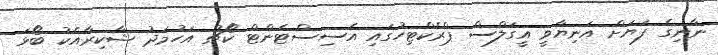
ނާނިގެ ފަޔަށް އަނިޔާވީ އީގަލްސް ޕްރެކްޓިހުގައި އެސިސްޓެންޓް ކޯޗު އަހުމަދު ޝާކިރާއެކު ބޯޅަ